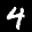
Label: 4